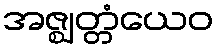
အဇ္ဈတ္တံယေဝ